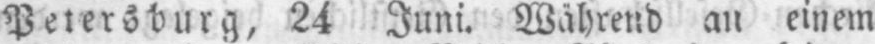
Petersburg, 24 Juni. Während an einem